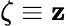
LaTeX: \zeta\equiv\mathbf{z}